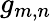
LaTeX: g_{m,n}